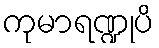
ကုမာရဏ္ဍုပိ